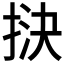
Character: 𢭯